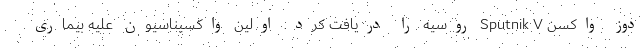
دوز واکسن Sputnik V روسیه را دریافت کرد. اولین واکسیناسیون علیه بیماری